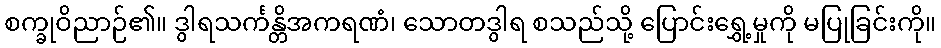
စက္ခုဝိညာဉ်၏။ ဒွါရသင်္ကန္တိအကရဏံ၊ သောတဒွါရ စသည်သို့ ပြောင်းရွှေ့မှုကို မပြုခြင်းကို။